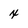
Character: x